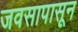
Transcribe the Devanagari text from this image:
जवसापासून